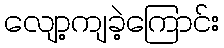
လျော့ကျခဲ့ကြောင်း